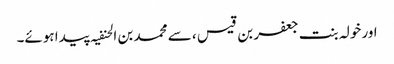
اور خولہ بنت جعفر بن قیس ، سے محمد بن الحنفیہ پیدا ہوئے۔